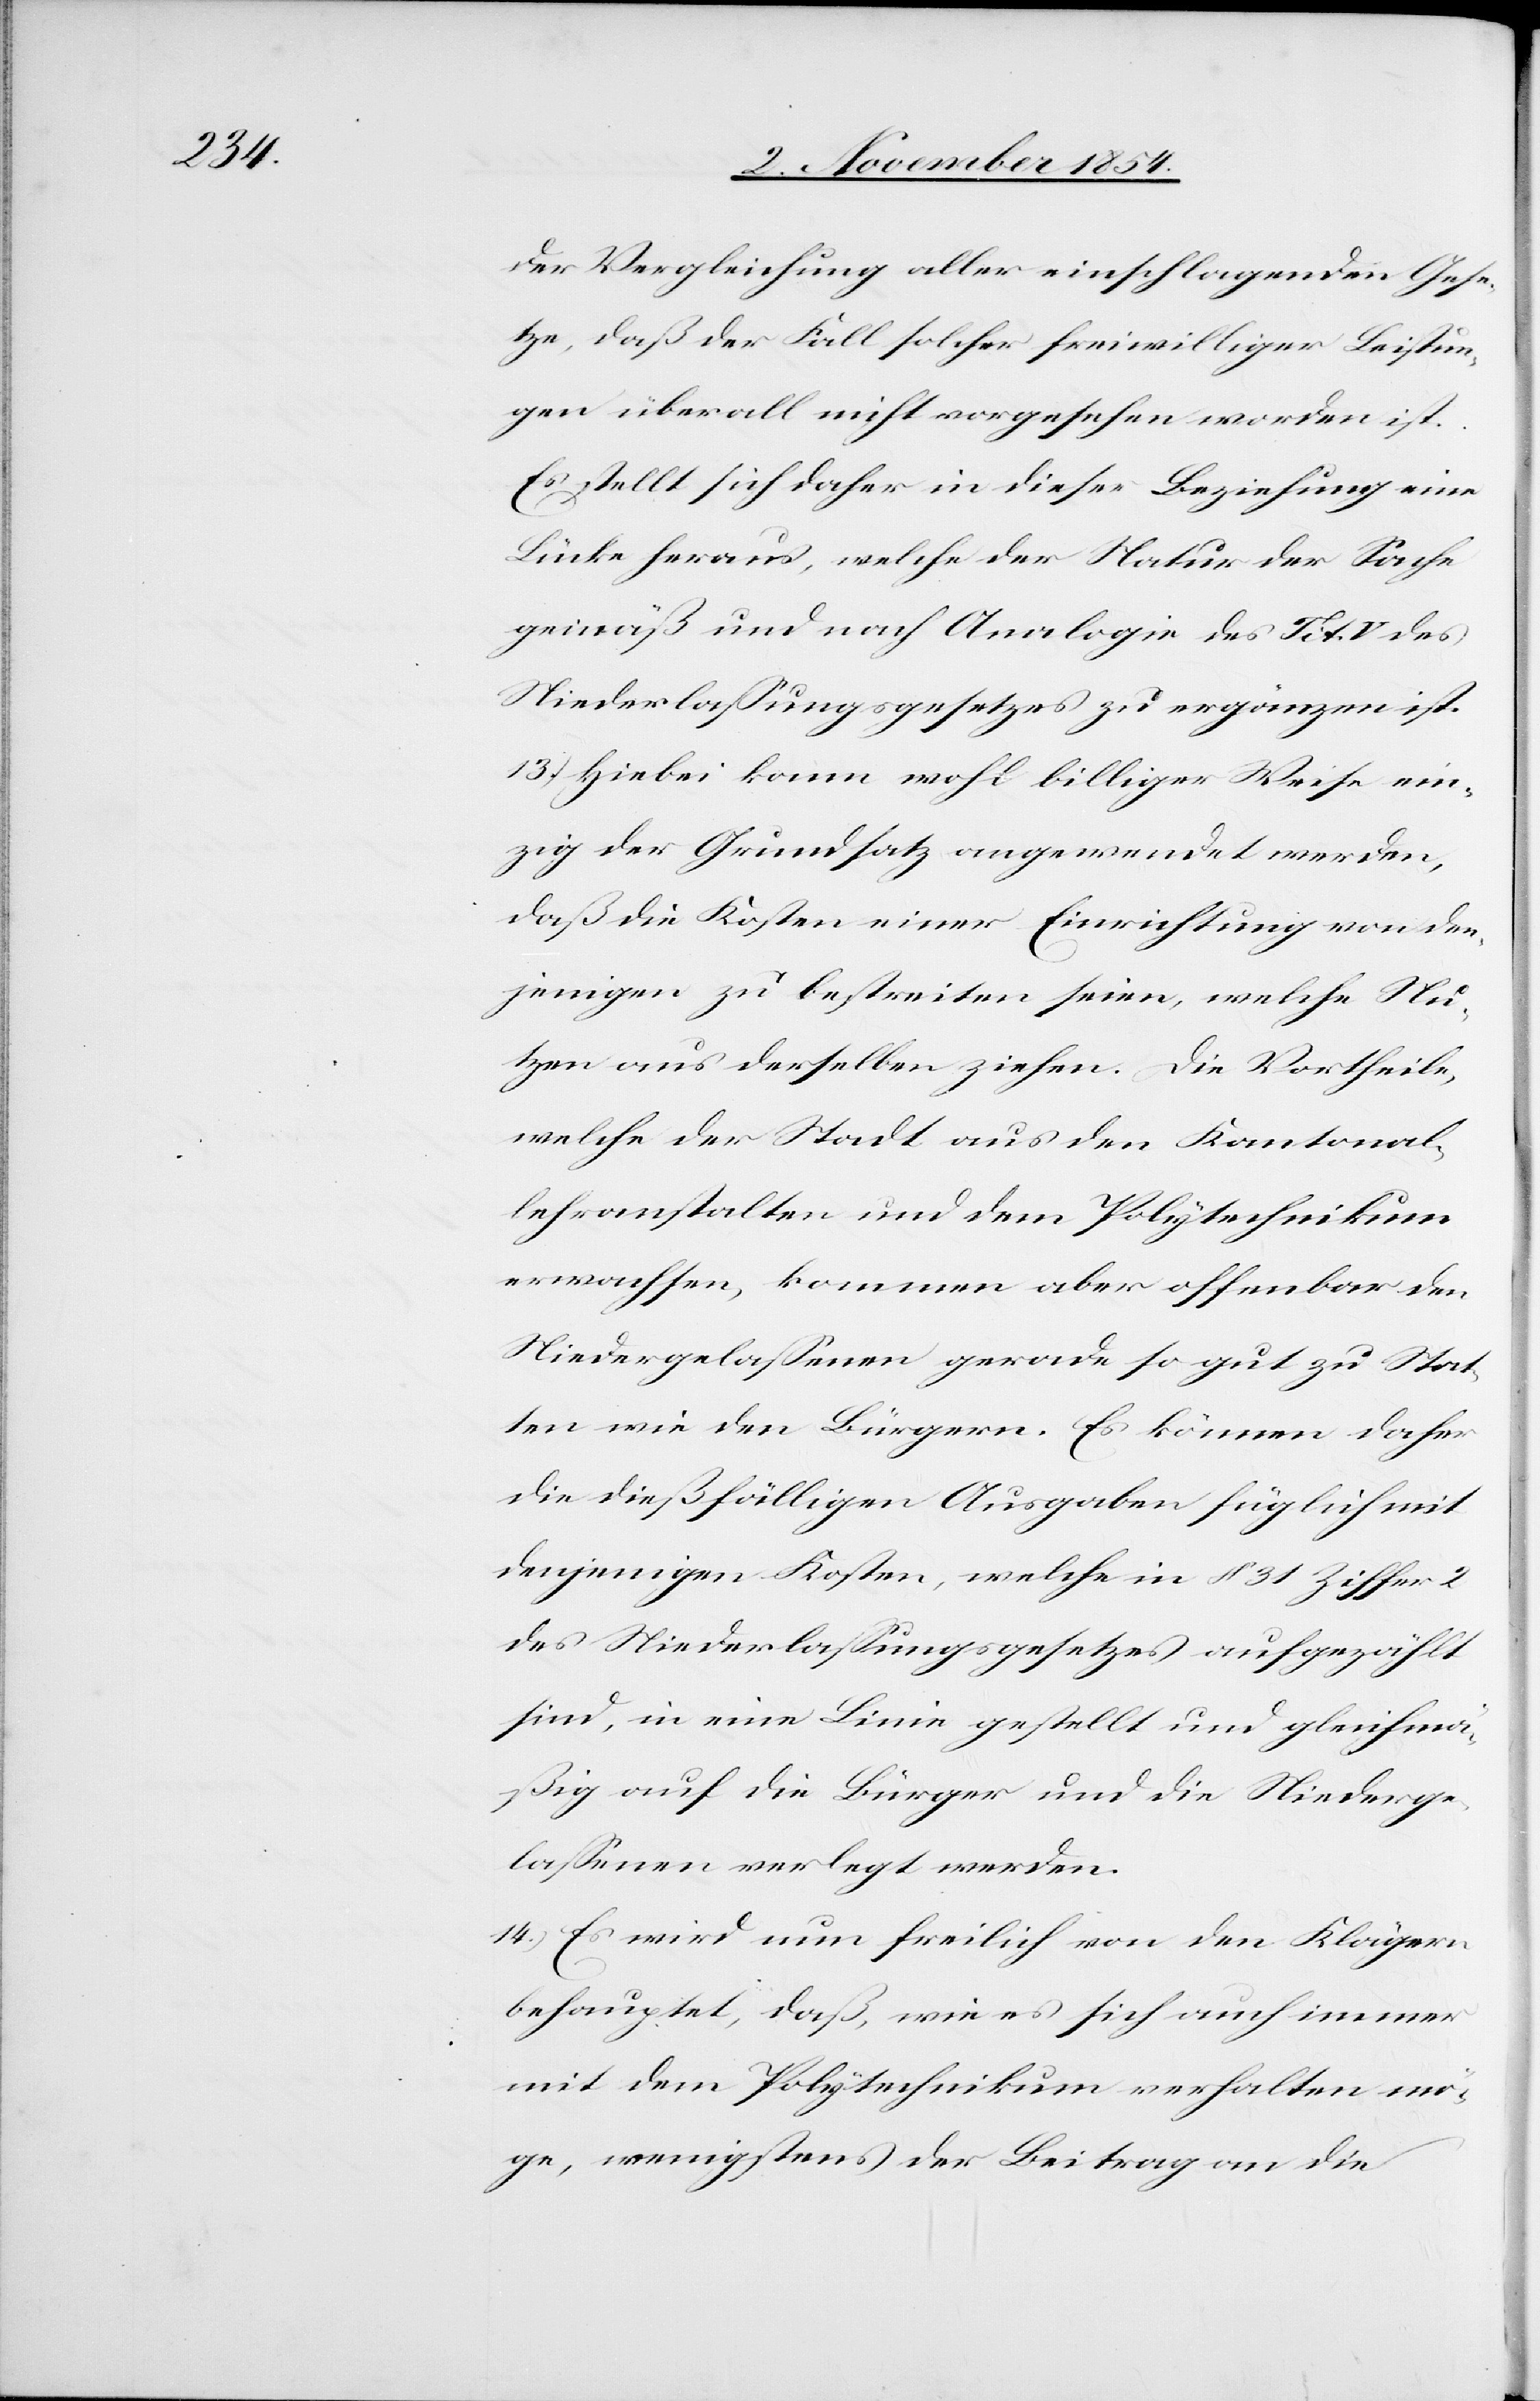
der Vergleichung aller einschlagenden Gese¬
tze, daß der Fall solcher freiwilliger Leistun¬
gen überall nicht vorgesehen worden ist.
Es stellt sich daher in dieser Beziehung eine
Lücke heraus, welche der Natur der Sache
gemäß und nach Analogie des Tit. V des
Niederlaßungsgesetzes zu ergänzen ist.
13.) Hiebei kann wohl billiger Weise ein¬
zig der Grundsatz angewendet werden,
daß die Kosten eine Einrichtung von den¬
jenigen zu bestreiten seien, welche Nu¬
tzen aus derselben ziehen. Die Vortheile,
welche der Stadt aus den Kantonal¬
lehranstalten und dem Polytechnikum
erwachsen, kommen aber offenbar den
Niedergelaßenen gerade so gut zu Stat¬
ten wie den Bürgern. Es können daher
die dießfälligen Ausgaben füglich mit
denjenigen Kosten, welche in § 31 Ziffer 2
des Niederlaßungsgesetzes aufgezählt
sind in eine Linie gestellt und gleichmä¬
ßig auf die Bürger und die Niederge¬
laßenen verlegt werden.
14.) Es wird nun freilich von den Klägern
behauptet, daß, wie es sich auch immer
mit dem Polytechnikum verhalten mö¬
ge, wenigstens der Beitrag an die